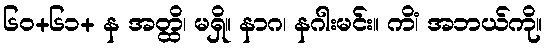
၆၀+၆၁+ န အတ္ထိ၊ မရှိ။ နာဂ၊ နဂါးမင်း။ ကိံ၊ အဘယ်ကို။